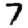
Digit: 7